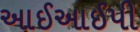
આઈઆઈપી